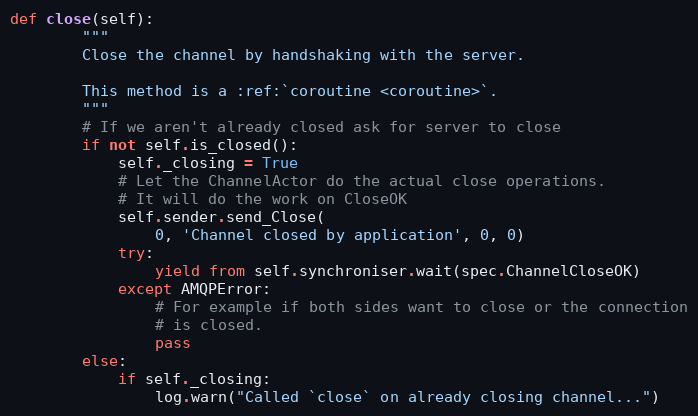
Language: Python
def close(self):
        """
        Close the channel by handshaking with the server.

        This method is a :ref:`coroutine <coroutine>`.
        """
        # If we aren't already closed ask for server to close
        if not self.is_closed():
            self._closing = True
            # Let the ChannelActor do the actual close operations.
            # It will do the work on CloseOK
            self.sender.send_Close(
                0, 'Channel closed by application', 0, 0)
            try:
                yield from self.synchroniser.wait(spec.ChannelCloseOK)
            except AMQPError:
                # For example if both sides want to close or the connection
                # is closed.
                pass
        else:
            if self._closing:
                log.warn("Called `close` on already closing channel...")